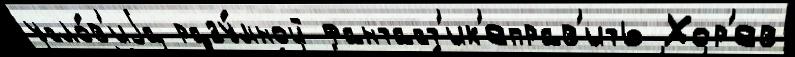
усло́в'иjа разу́мной фантаст'ик'еправ'ить Хор'ев